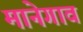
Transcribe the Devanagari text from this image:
मानेगाव